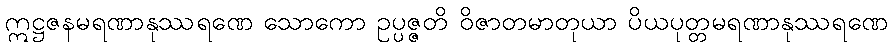
ဣဋ္ဌဇနမရဏာနုဿရဏေ သောကော ဥပ္ပဇ္ဇတိ ဝိဇာတမာတုယာ ပိယပုတ္တမရဏာနုဿရဏေ